Lunatic asylums United Provinces 1899-1908 - 1899-1908
Year: 1899
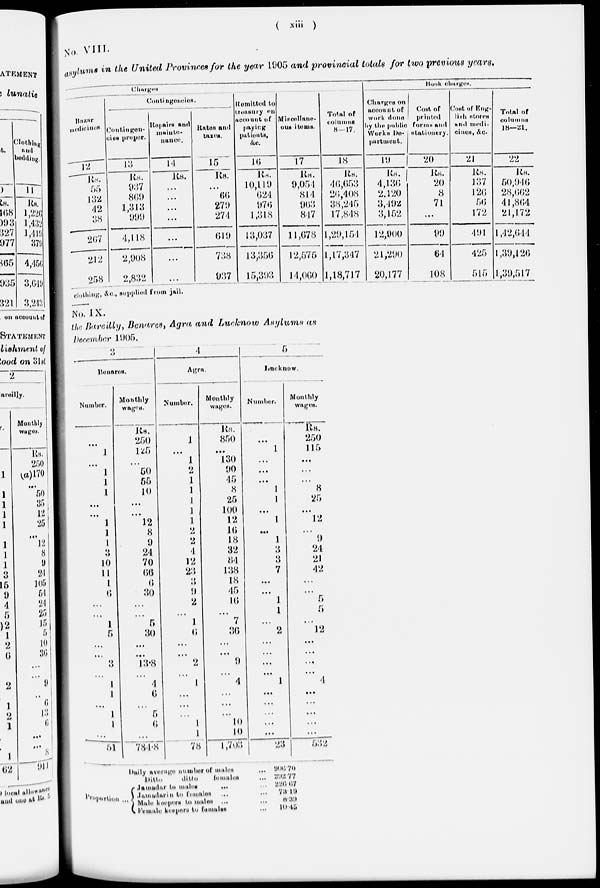
( xiii )
No.
VIII.
asylums in the United Provinces for the year 1905 and provincial totals for two previous years.
Charges
Bazar
medicines
12
Rs.
55
132
42
38
267
212
258
Contingencies.
Contingen-
cies proper.
13
Rs.
937
869
1,313
999
4,118
2,908
2,832
Repairs and
mainte-
nance.
14
Rs.
...
...
...
...
...
...
...
Rates
and
taxes.
15
Rs.
...
66
279
274
619
738
937
Remitted to
Treasury
on
account of
paying
patients,
&c.
16
Rs.
10,119
624
976
1,318
13,037
13,356
15,393
Miscellane
ous items.
17
Rs.
9,054
814
963
847
11,678
12,575
14,060
Total of
columns
8—17.
18
Rs.
46,653
26,408
38,245
17,848
1,20,154
1,17,347
1,18,717
Book
charges.
Charges on
account of
work done
by the public
Works De
partment.
19
Rs.
4,130
2.120
3,492
3,152
12,900
21,290
20,177
Cost of
printed
forms and
stationery.
20
Rs.
20
8
71
...
99
64
108
Cost of Eng-
lish stores
and medi-
cincs, &c.
21
Rs.
137
126
56
172
491
425
515
Total of
columns
18—21.
22
Rs.
50,946
28,662
41,864
21,172
1,42,644
1,39,126
1,39,517
clothing. &c., supplied from jail.
No. IX.
the Bareilly, Benares, Agra and Lucknow Asylums as
December 1905.
3
Benares.
Number.
...
1
...
1
1
1
...
...
1
1
1
3
10
11
1
6
...
...
1
5
...
...
3
...
1
1
...
1
1
...
51
Monthly
wages.
Rs.
250
125
...
50
55
10
...
...
12
8
9
24
70
66
6
30
...
...
5
30
...
...
13.8
...
4
6
5
5
6
...
784.8
4
Agra.
Number.
1
...
1
2
1
1
1
1
1
2
2
4
12
23
3
9
2
...
1
6
...
...
2
...
1
...
...
...
1
1
78
Monthly
wages.
Rs.
850
...
130
90
45
8
25
100
12
16
18
32
84
138
18
45
16
...
7
36
...
...
9
...
4
...
...
...
10
10
1,703
5
Lucknow
Number.
...
1
...
...
...
1
1
...
1
...
1
3
3
7
...
...
1
1
...
2
...
...
...
...
1
...
...
...
...
...
23
Monthly
wages.
Rs.
250
115
...
...
...
8
25
...
12
...
9
24
21
42
...
...
5
5
...
12
...
...
...
...
4
...
...
...
...
...
532
Proportion.
Daily average number of males ...
Ditto
ditto
females ...
Jamadar
to
males
... ...
Jamadarin to females ... ...
Male keepers to males ... ...
Female keepers to females ...
906.70
292.77
226.67
73.193
8.39
10.45